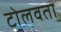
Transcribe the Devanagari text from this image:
टोलवता